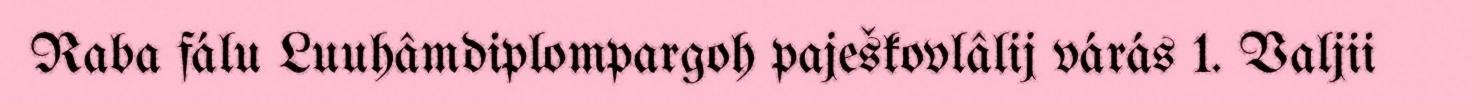
Raba fálu Luuhâmdiplompargoh paješkovlâlij várás 1. Valjii